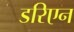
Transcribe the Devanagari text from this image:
डरिएन